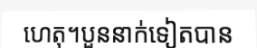
ហេតុ។បួននាក់ទៀតបាន